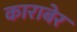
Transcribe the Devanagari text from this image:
काराबेर